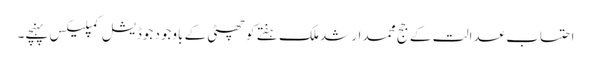
احتساب عدالت کے جج محمد ارشد ملک ہفتے کو چھٹی کے باوجود جوڈیشل کمپلیکس پہنچے۔